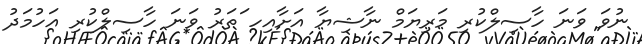
ނުވަ ވަނަ ހާސިލްކުރި މަރިޔަމް ނާޝިޔާ އަށާއިހ ަތަރު ވަނަ ހާސިލްކުރި އަހުމަދު